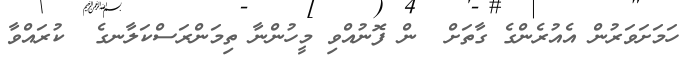
ހަމަށަވަރުން އެއުރެންގެ ގާތަށް  ން ފޮނުއްވި މީހުންނާ ތިމަންރަސްކަލާނގެ  ކުރައްވާ